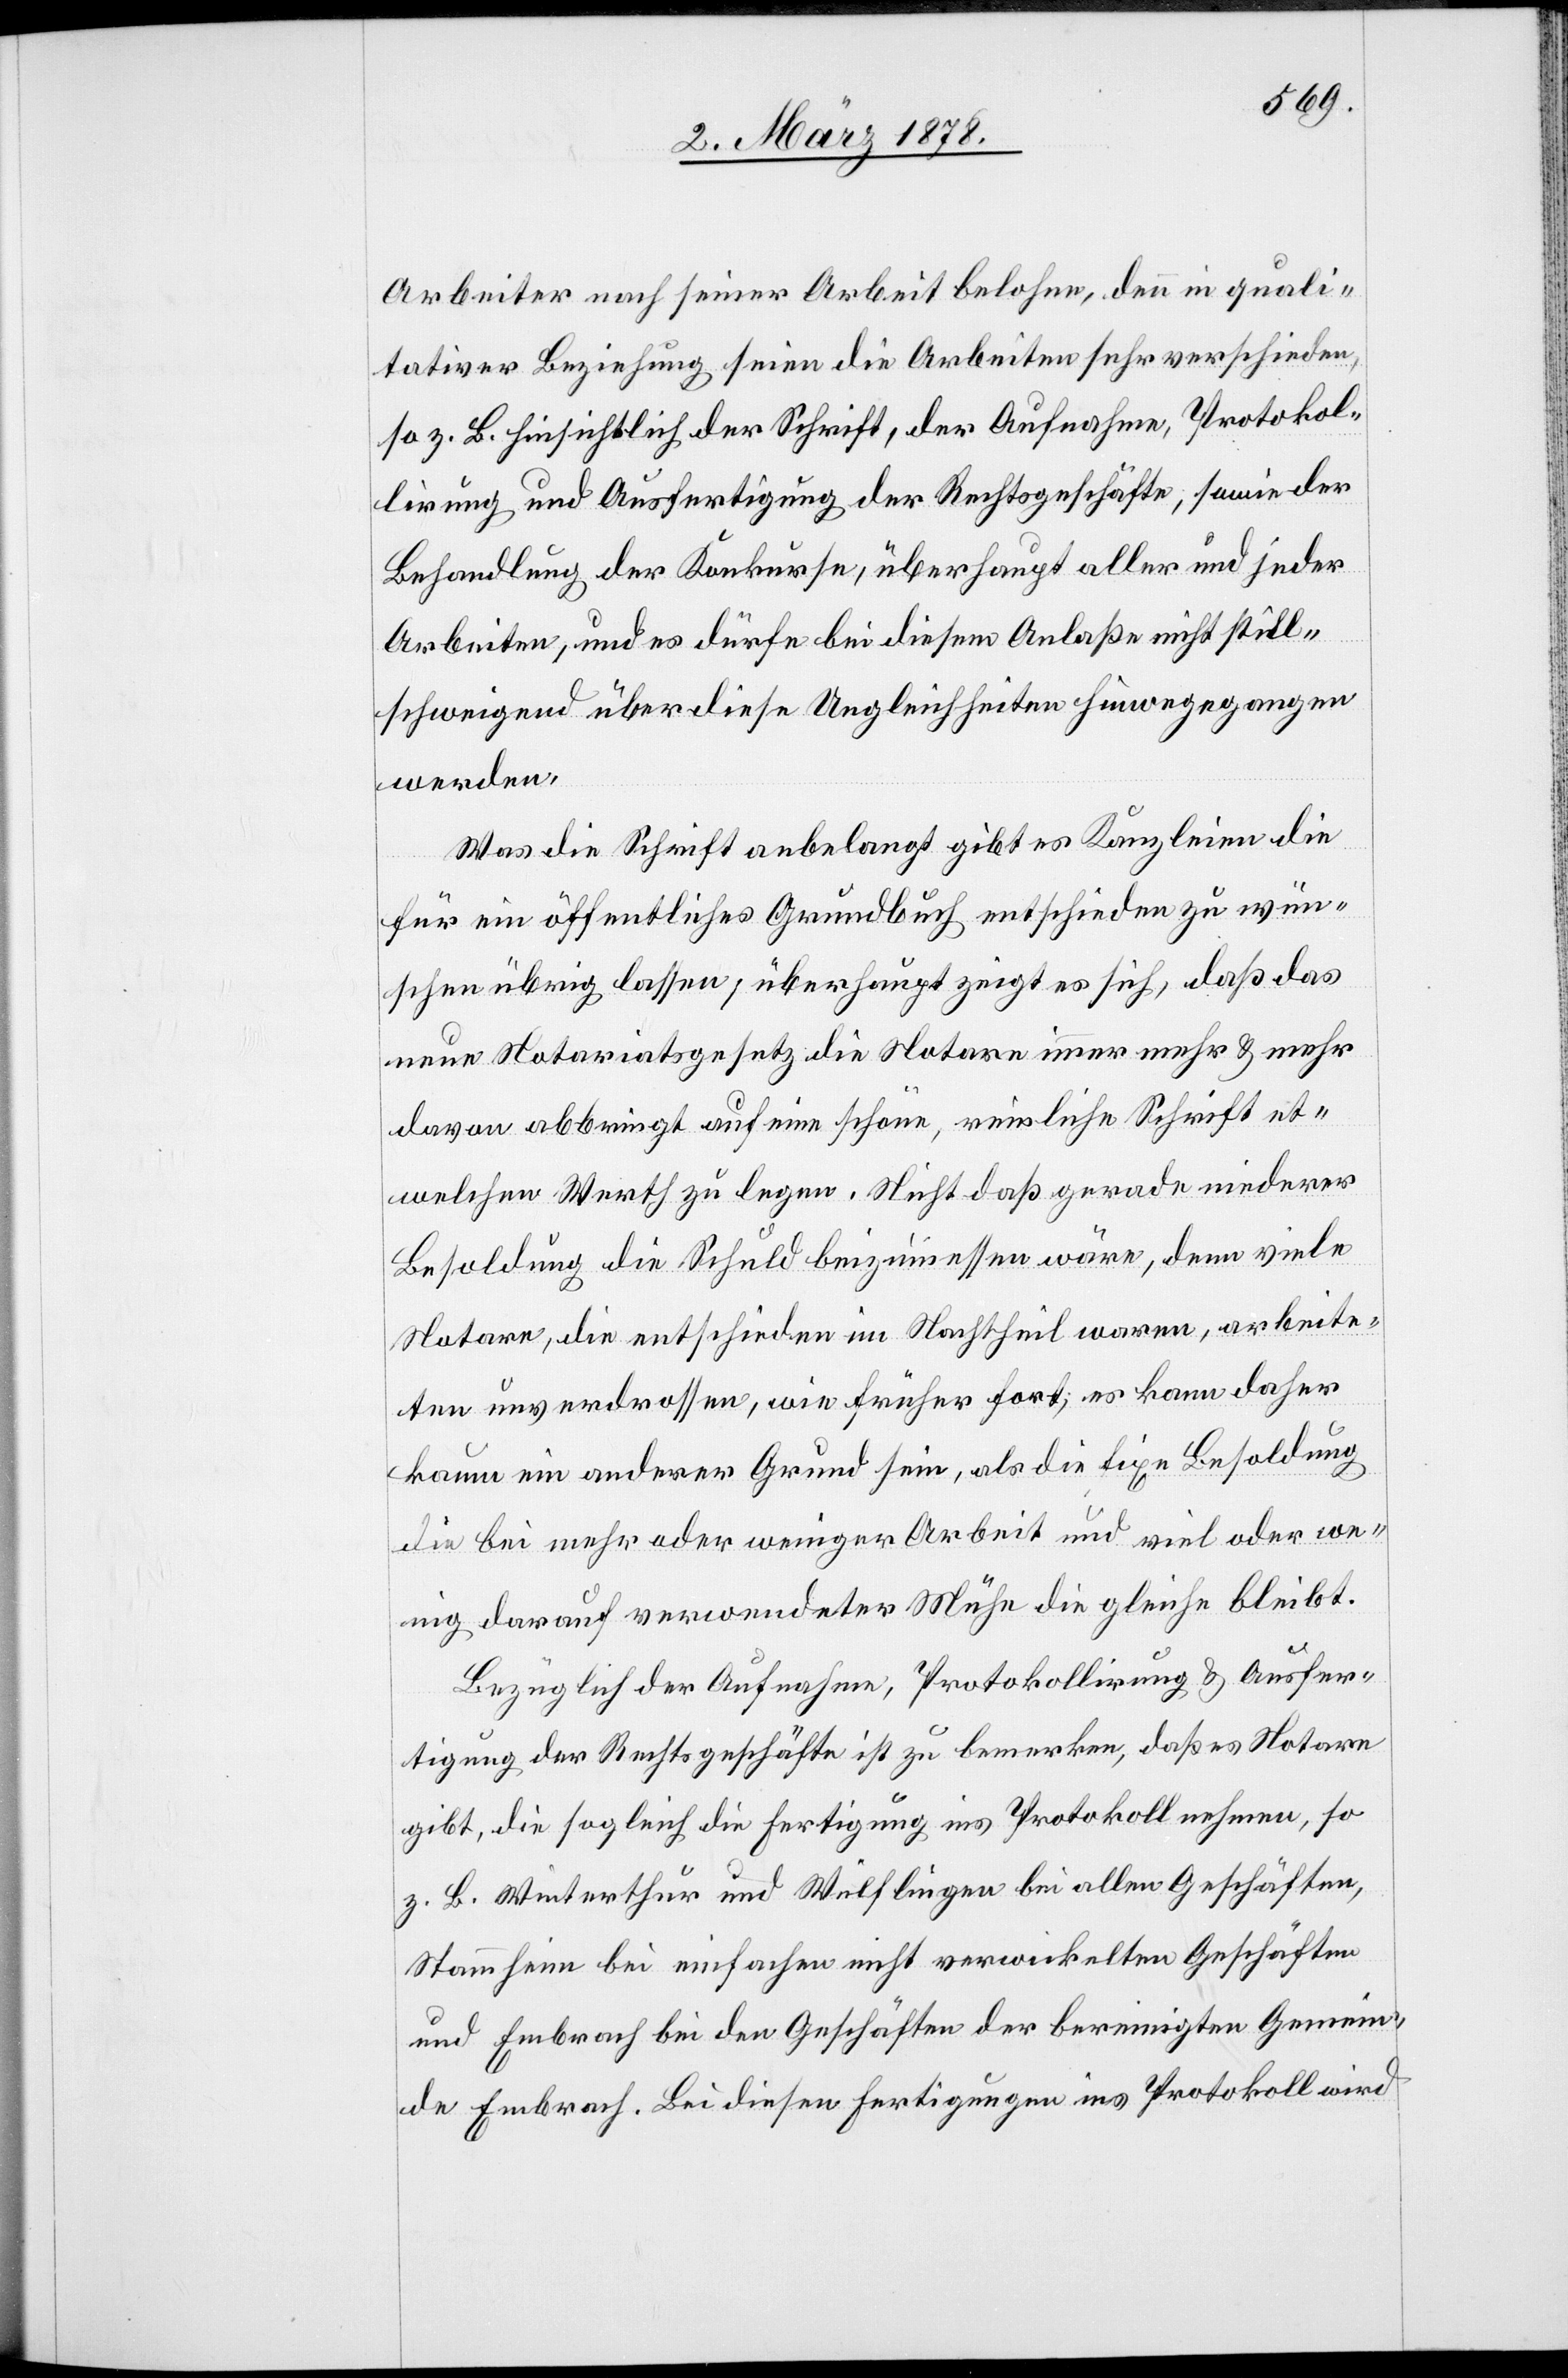
Arbeiter nach seiner Arbeit belohnen, denn in quali¬
tativer Beziehung seien die Arbeiter sehr verschieden,
so z. B. hinsichtlich der Schrift, der Aufnahme, Protokol¬
lirung und Ausfertigung der Rechtsgeschäfte, sowie der
Behandlung der Konkurse, überhaupt aller und jeder
Arbeiten, und es dürfe bei diesem Anlaße nicht still¬
schweigend über diese Ungleichheiten hinweggegangen
werden.
Was die Schrift anbelangt gibt es Kanzleien die
für ein öffentliches Grundbuch entschieden zu wün¬
schen übrig lassen, überhaupt zeigt es sich, daß das
neue Notariatsgesetz die Notare immer mehr & mehr
davon abbringt auf eine schöne, reinliche Schrift et¬
welchen Werth zu legen. Nicht daß gerade minderer
Besoldung die Schuld beizumessen wäre, denn viele
Notare, die entschieden im Nachtheil waren, arbeite¬
ten unverdrossen, wie früher fort; es kann daher
kaum ein anderer Grund sein, als die fixe Besoldung
die bei mehr oder weniger Arbeit und viel oder we¬
nig darauf verwendeter Mühe die gleiche bleibt.
Bezüglich der Aufnahme, Protokollirung & Ausfer¬
tigung der Rechtsgeschäfte ist zu bemerken, daß es Notare
gibt, die sogleich die Fertigung ins Protokoll nehmen, so
z. B. Winterthur und Wülflingen bei allen Geschäften,
Stammheim bei einfachen nicht verwickelten Geschäften
und Embrach bei den Geschäften der bereinigten Gemein¬
de Embrach. Bei diesen Fertigungen ins Protokoll wird